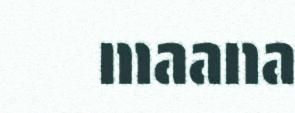
maana